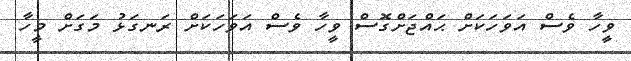
ވީހާ ވެސް އަވަހަކަށް ޙައްޖަށްގޮސް ވީހާ ވެސް އަވަހަކަށް ރަނގަޅު މަގަށް މީހާ